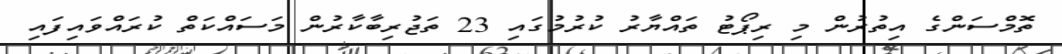
ތޮމްސަންގެ އިތުރުން މި ރިޕޯޓު ތައްޔާރު ކުރުމުގައި 23 ތަޖުރިބާކާރުން މަސައްކަތް ކުރައްވައިފައި